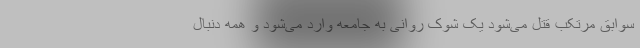
سوابق مرتکب قتل می‌شود یک شوک روانی به جامعه وارد می‌شود و همه دنبال